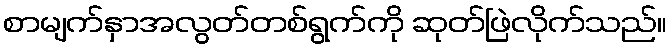
စာမျက်နှာအလွတ်တစ်ရွက်ကို ဆုတ်ဖြဲလိုက်သည်။